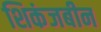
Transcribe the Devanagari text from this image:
शिकंजबीन